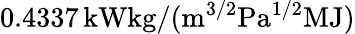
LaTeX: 0.4337\, \mathrm{kWkg/(m^{3/2}Pa^{1/2}MJ)}